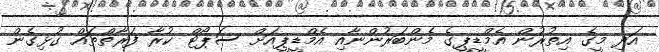
އަދި މީގެ އިތުރުން އެމްޑީޕީގެ މެންބަރުންނާއި އެމްޑީޕީއަށް ސަޕޯޓް ކުރާ ފަރާތްތައް ގުޅިގެން